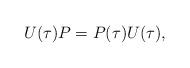
LaTeX: \begin{align*}U(\tau)P=P(\tau)U(\tau),\end{align*}